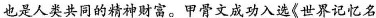
也是人类共同的精神财富。甲骨文成功入选《世界记忆名